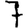
Digit: 7